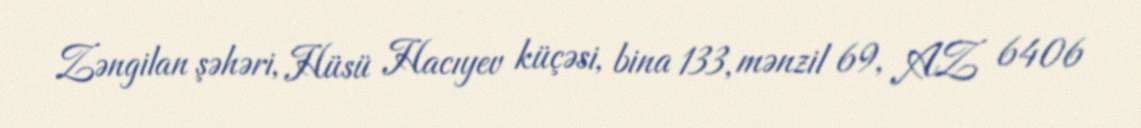
Zəngilan şəhəri, Hüsü Hacıyev küçəsi, bina 133, mənzil 69, AZ 6406